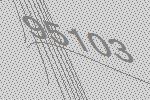
95103